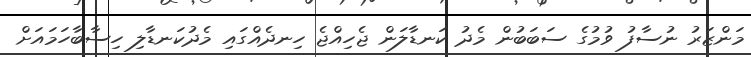
މަންޒަރު ނުސާފު ވުމުގެ ސަބަބުން މެދު ކަނޑާލަން ޖެހިއްޖެ ހިނދެއްގައި މެދުކަނޑާލި ހިސާބާހަމައަށް